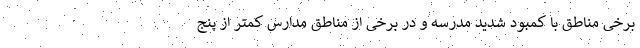
برخی مناطق با کمبود شدید مدرسه و در برخی از مناطق مدارس کمتر از پنج